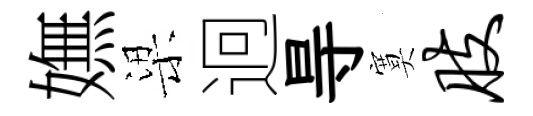
嫵梁迥㝵寞肢